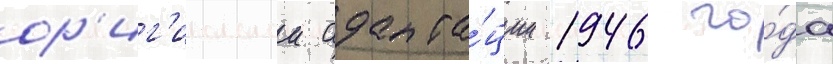
ор'иг'инальнои адапта́ции 1946 го́да